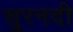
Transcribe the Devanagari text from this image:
सुरनदी